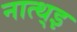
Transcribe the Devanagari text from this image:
नात्थ्इ